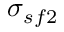
\sigma _ { s f 2 }